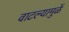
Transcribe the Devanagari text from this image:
वाटल्यामुळें